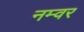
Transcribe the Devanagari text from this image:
नम्वर